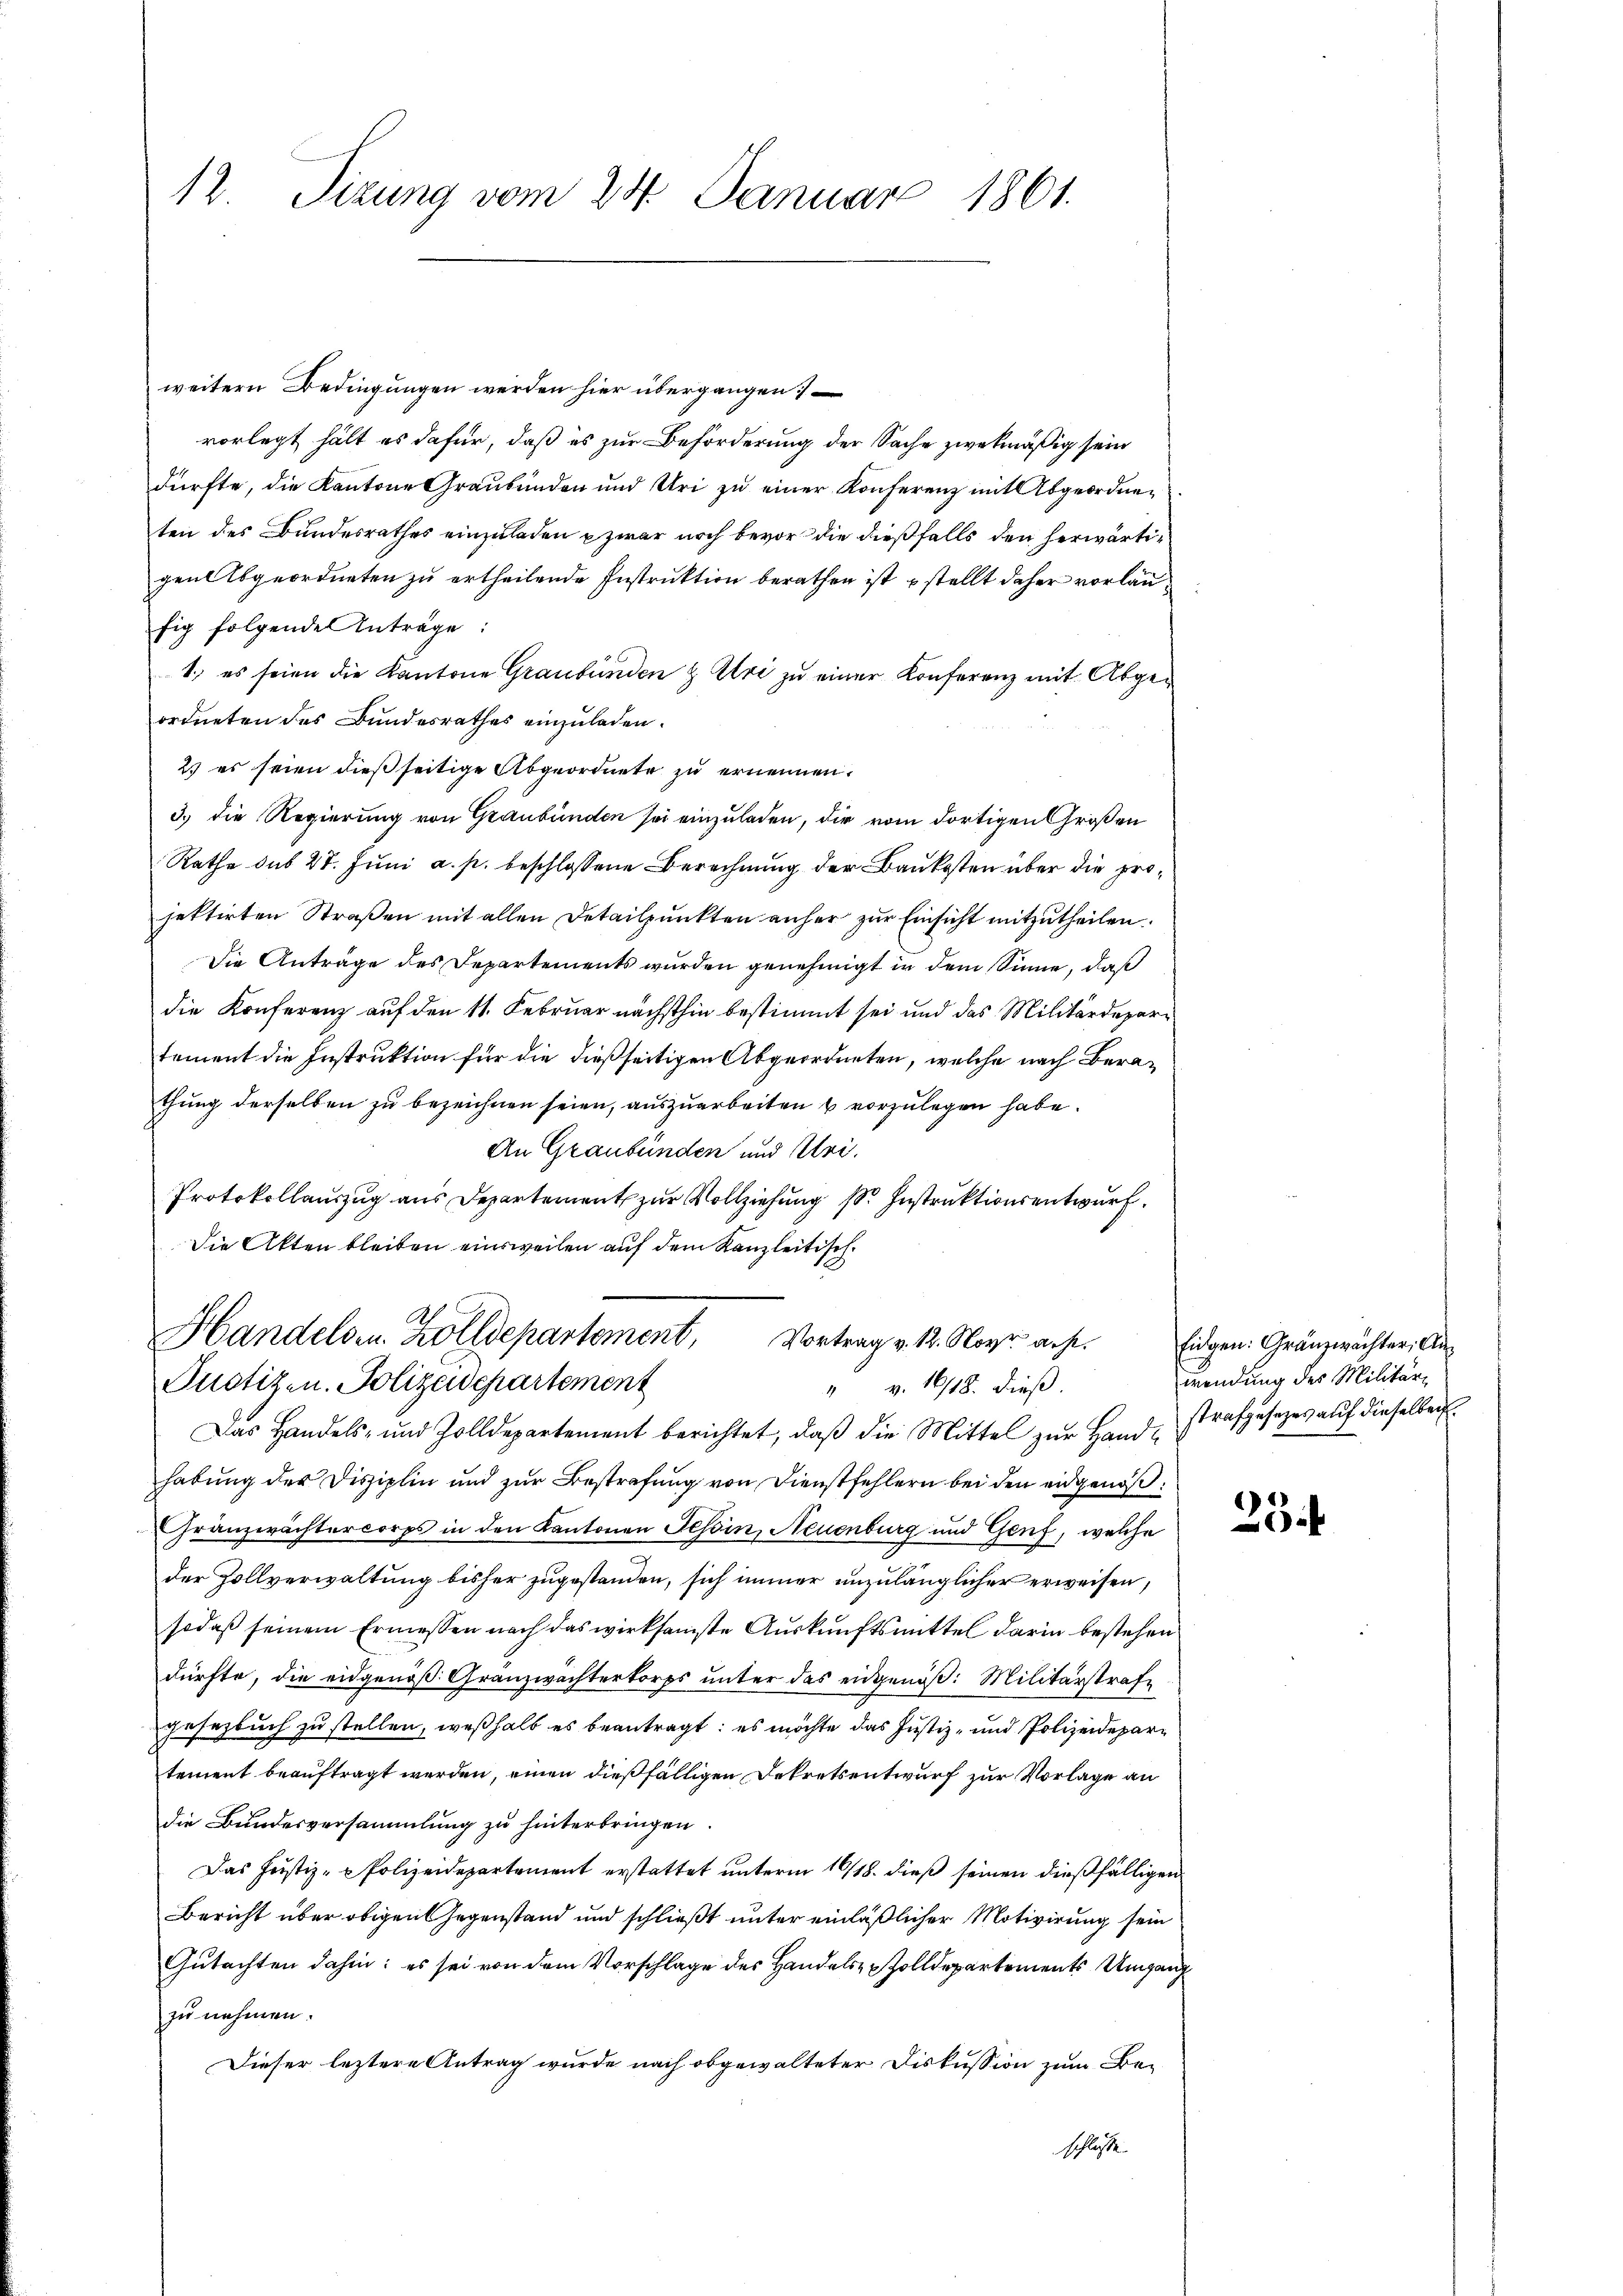
12. Sizung vom 24. Januar 1861.

weitern Bedingungen werden hier übergangen:
vorlegt hält es dafür, daß es zur Beförderung der Sache zwekmäßig sein
dürfte, die Kantone Graubünden und Uri zu einer Konferenz mit Abgeordneten des Bundesrathes einzuladen zwar noch bevor die dießfalls den herwärtigent Abgeordneten zu ertheilende Instruktion berathen ist stellt daher vorläufig folgende Anträge:
1.) es seien die Kantone Graubünden & Uri zu einer Konferenz mit Abgeordneten des Bundesrathes einzuladen.
2) es seien dieß seitige Abgeordnete zu ernennen.
3.) Die Regierung von Graubünden sei einzuladen, die vom dortigen Großen
Rathe dus 27. Juni a. p. beschlossene Berechnung der Baukosten über die projektirten Straβen mit allen Detailpŭnkten anher zŭr Einsicht mitzŭtheilen.
Die Anträge des Departements wurden genehmigt in dem Sinne, daß
die Konferenz auf den 11. Februar nächsthin bestimmt sei und das Militärdepartement die Instruktion für die dießseitigen Abgeordneten, welche nach Berathung derselben zu bezeichnen seien, auszuarbeiten u vorzulegen habe.
An Graubünden und Klei¬
Protokollauszug aus Departement zur Vollziehung sr. Instruktionsentwurf.
Die Akten bleiben einsweilen auf dem Kanzleitisch

Handelsen. Zolldepartement, Vortrag v. 12. Nove acht.
Pustiz- u. Polizeidepartement
v. 1818. dieß.

Das Handels- und Zolldepartement berichtet, daβ die Mittel zŭr Hand strafgesezes aŭf dieselben
habung der Disziplin und zur Bestrafung von Dienstfehlern bei den eidgenöß¬
Franzwrächtercorps in den Kantonen Tessin, Neuenburg und Genf, welche
der Zollverwaltung bisher zugestanden, sich immer unzulänglicher erweisen,
sodaß seinem Ermessen nach das wirksamste Auskunftsmittel darin bestehen
dürfte, die eidgenöß: Granzwachterkorps unter das eidgenöß: Militärstrafe
gesezbuch zu stellen, weßhalb es beantragt: es möchte das Justiz- und Polizeidepartement beauftragt werden, einen dießfälligen Dekretsentwurf zur Vorlage an
die Bundesversammlung zu hinterbringen.
Das Justiz-Polizeidepartement erstattet unterm 16/18. dieß seinen dießfälligen
Bericht über obigen Gegenstand und schließt unter einläßlicher Motivirung sein
Gutachten dahin: es sei von dem Vorschlage des Handels Zolldepartements Umgang
zu nehmen.
Dieser leztere Antrag wurde nach obgewalteter Diskussion zum Beschlusse

Eidgen. Gränzwachter, Anwendung des Militär¬

23.